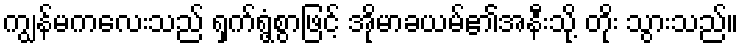
ကျွန်မကလေးသည် ရှက်ရွံ့စွာဖြင့် အိုမာခယမ်၏အနီးသို့ တိုး သွားသည်။